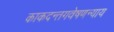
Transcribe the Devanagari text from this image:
काकदन्तगवेषणन्याय